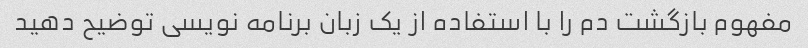
مفهوم بازگشت دم را با استفاده از یک زبان برنامه نویسی توضیح دهید